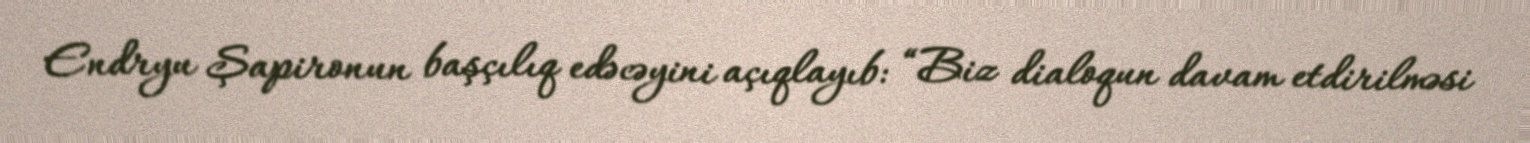
Endryu Şapironun başçılıq edəcəyini açıqlayıb: “Biz dialoqun davam etdirilməsi